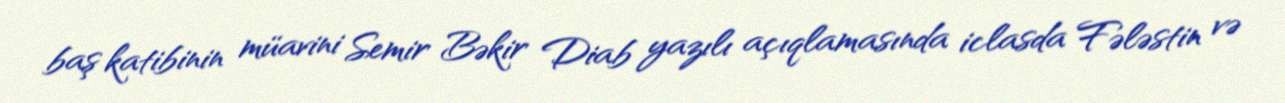
baş katibinin müavini Semir Bəkir Diab yazılı açıqlamasında iclasda Fələstin və